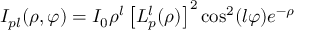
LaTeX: I _ { p l } ( \rho , \varphi ) = I _ { 0 } \rho ^ { l } \left[ L _ { p } ^ { l } ( \rho ) \right] ^ { 2 } \cos ^ { 2 } ( l \varphi ) e ^ { - \rho }